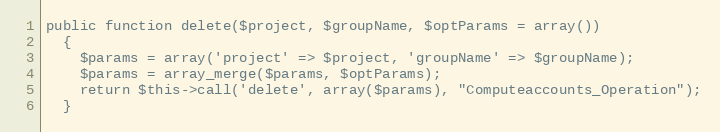
Language: PHP
public function delete($project, $groupName, $optParams = array())
  {
    $params = array('project' => $project, 'groupName' => $groupName);
    $params = array_merge($params, $optParams);
    return $this->call('delete', array($params), "Computeaccounts_Operation");
  }